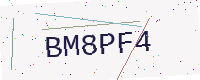
Text: BM8PF4